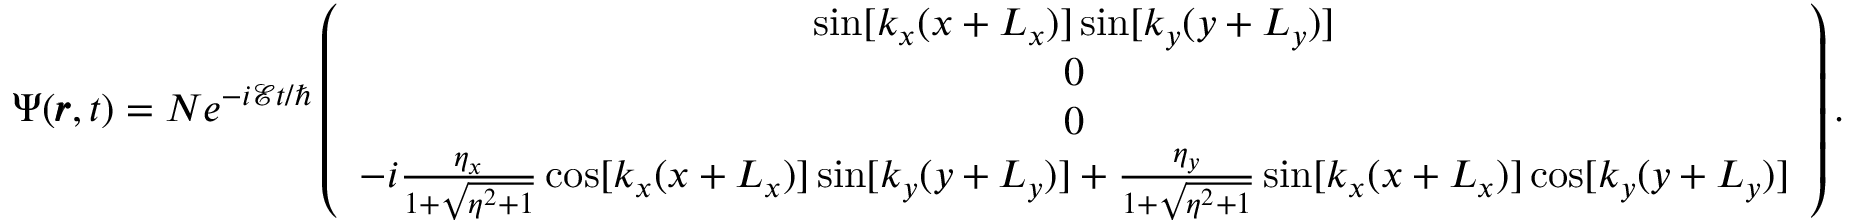
\Psi ( \pmb { r } , t ) = N e ^ { - i \mathcal { E } t / \hbar } \left( \begin{array} { c } { \sin [ k _ { x } ( x + L _ { x } ) ] \sin [ k _ { y } ( y + L _ { y } ) ] } \\ { 0 } \\ { 0 } \\ { - i \frac { \eta _ { x } } { 1 + \sqrt { \eta ^ { 2 } + 1 } } \cos [ k _ { x } ( x + L _ { x } ) ] \sin [ k _ { y } ( y + L _ { y } ) ] + \frac { \eta _ { y } } { 1 + \sqrt { \eta ^ { 2 } + 1 } } \sin [ k _ { x } ( x + L _ { x } ) ] \cos [ k _ { y } ( y + L _ { y } ) ] } \end{array} \right) .